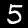
Digit: 5